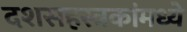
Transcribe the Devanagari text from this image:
दशसहस्त्रकांमध्ये